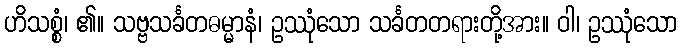
ဟိသစ္စံ၊ ၏။ သဗ္ဗသင်္ခတဓမ္မာနံ၊ ဥဿုံသော သင်္ခတတရားတို့အား။ ဝါ၊ ဥဿုံသော